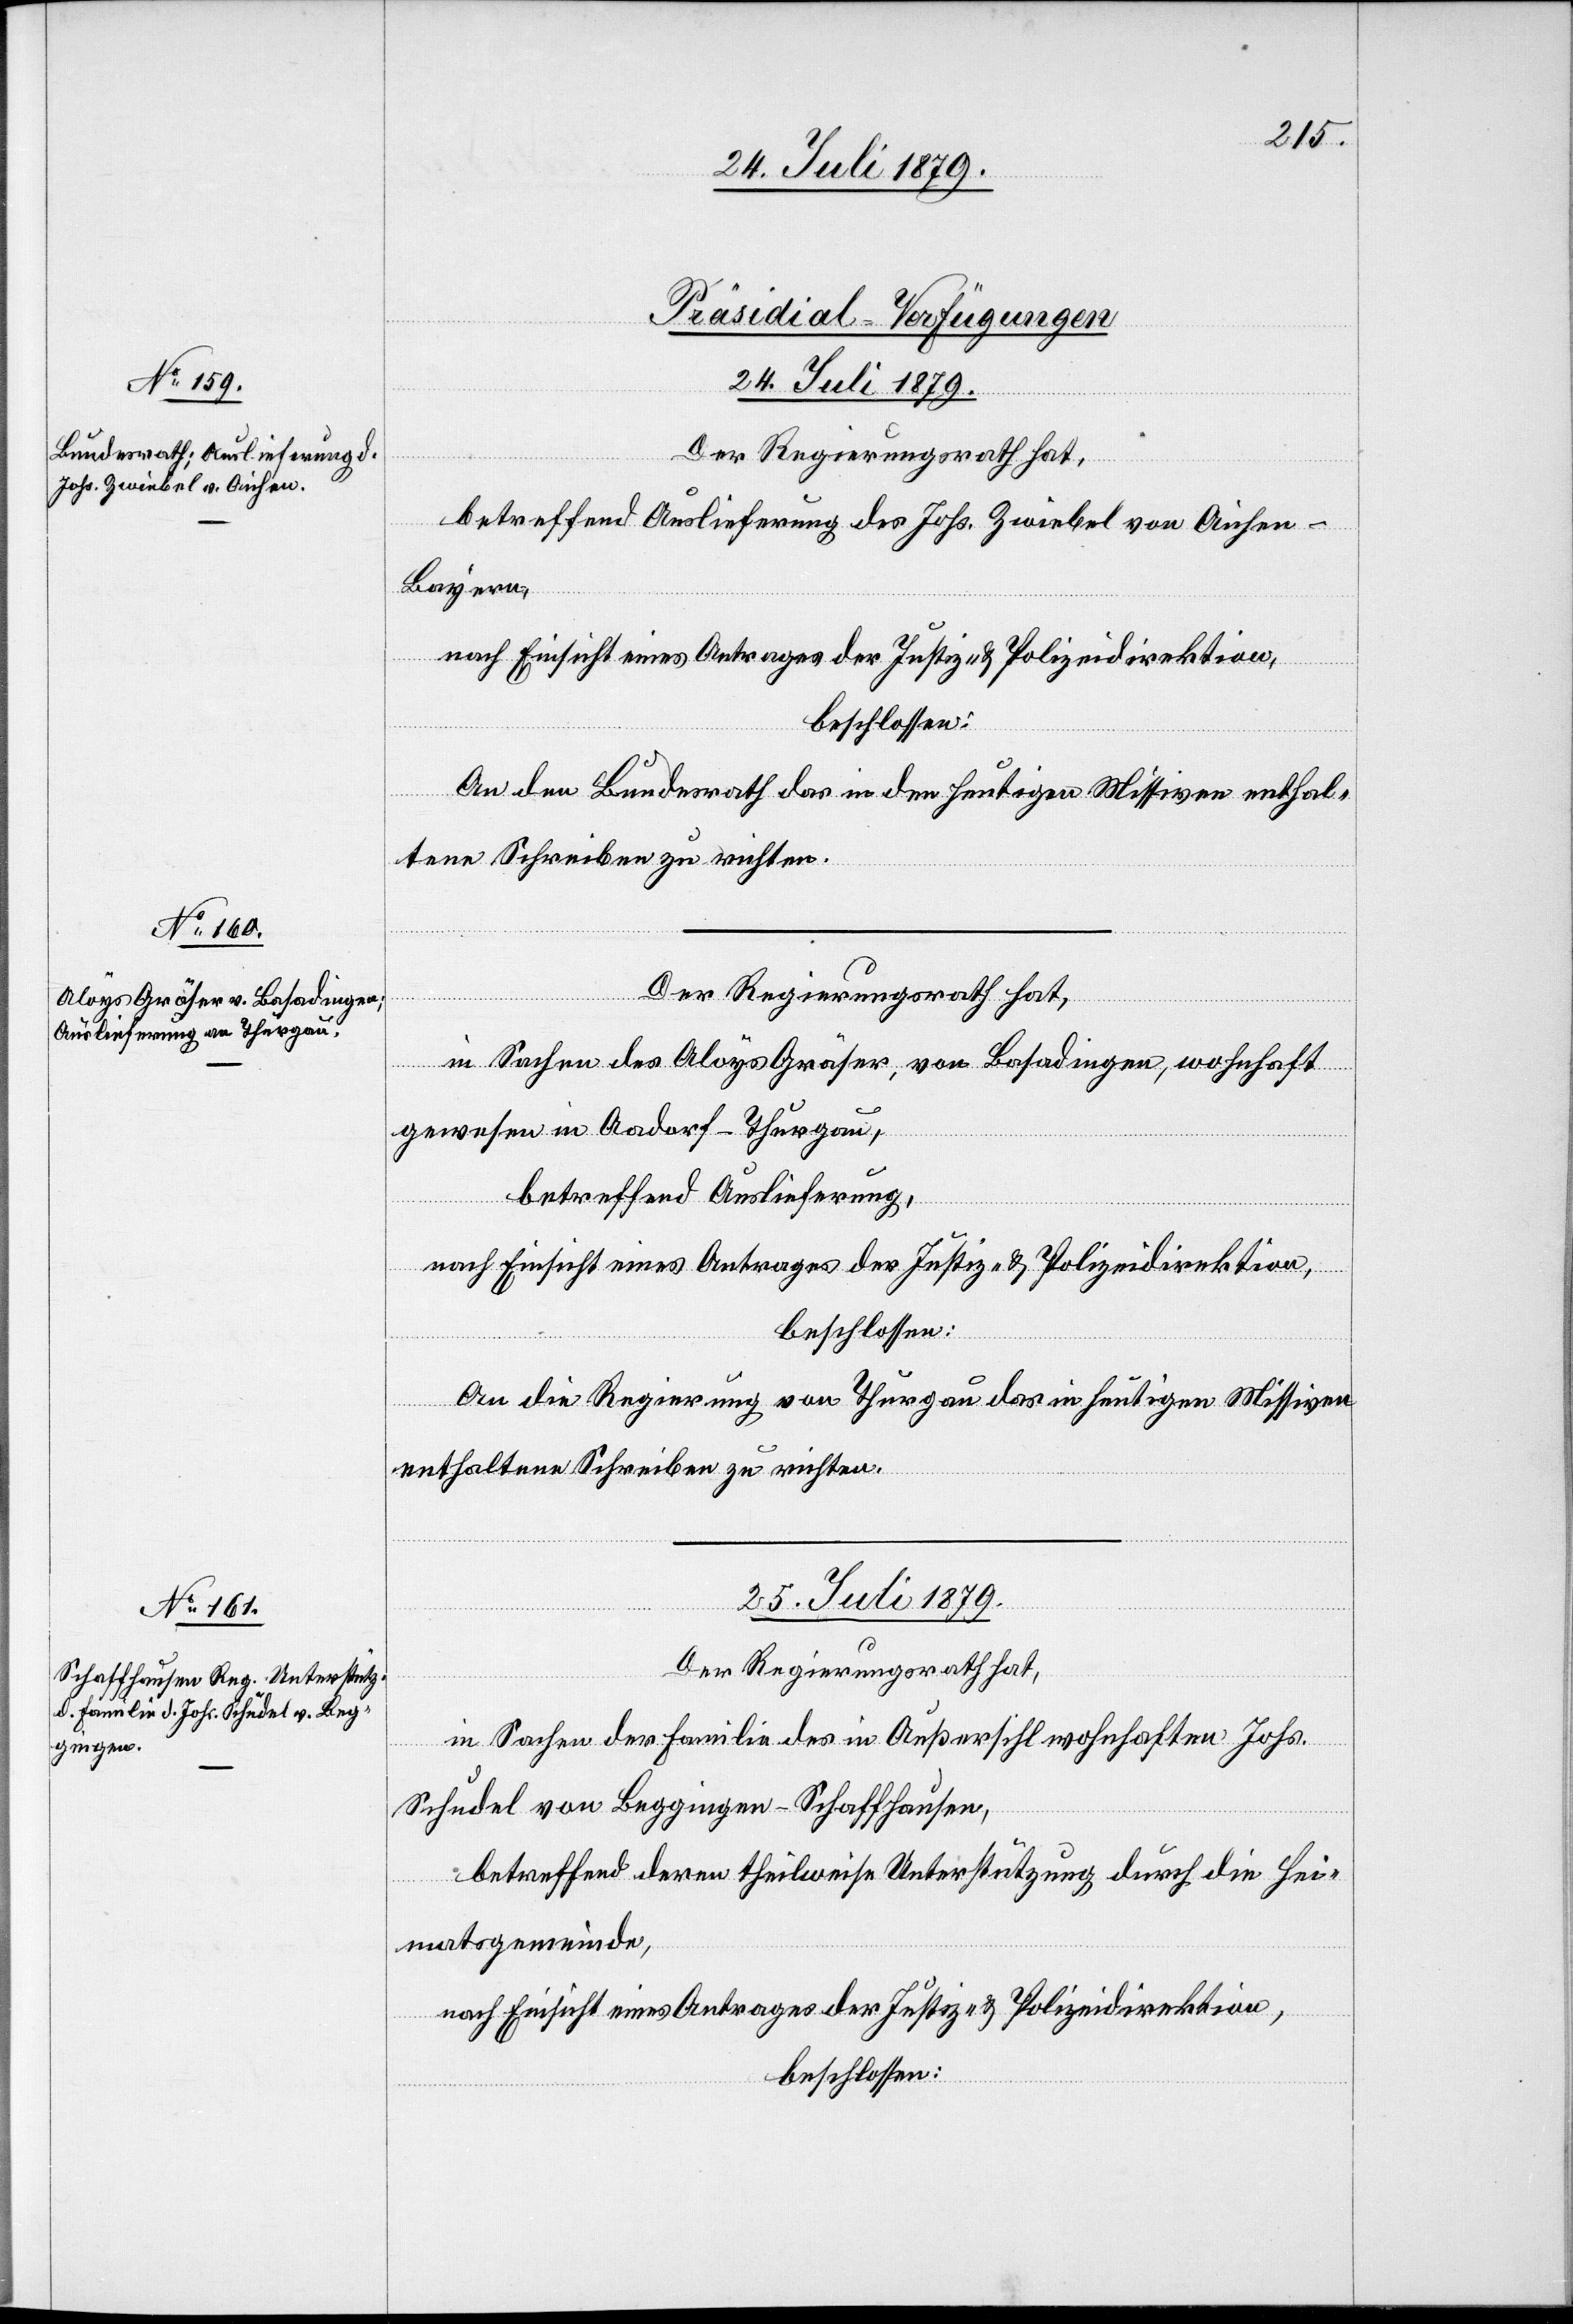
[Präsidial-Verfügungen]
25. Juli 1879.
Der Regierungsrath hat,
betreffend Auslieferung des Johs. Zwiebel von Aichen -
Bayern,
nach Einsicht eines Antrages der Justiz- & Polizeidirektion,
beschlossen:
An den Bundesrath das in den heutigen Missiven enthal¬
tene Schreiben zu richten.
in Sachen des Aloys Gräser, von Basadingen, wohnhaft
gewesen in Aadorf - Thurgau,
betreffend Auslieferung,
nach Einsicht eines Antrages der Justiz- & Polizeidirektion,
beschlossen:
An die Regierung von Thurgau das in heutigen Missiven
enthaltenen Schreiben zu richten.
in Sachen der Familie des in Außersihl wohnhaften Johs.
Schudel von Beggingen - Schaffhausen,
betreffend deren theilweise Unterstützung durch die Hei¬
matgemeinde,
nach Einsicht eines Antrages der Justiz- & Polizeidirektion,
beschlossen: